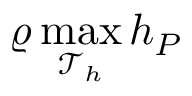
\varrho \operatorname* { m a x } _ { \mathcal { T } _ { h } } h _ { { P } }